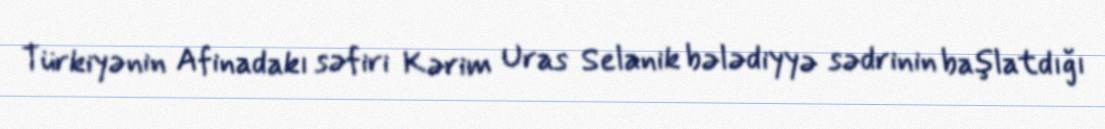
Türkiyənin Afinadakı səfiri Kərim Uras Selanik bələdiyyə sədrinin başlatdığı